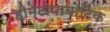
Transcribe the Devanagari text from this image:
हीमेटोपायोटिक